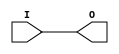
module BUFIO (O, I);

    output O;
    
    input  I;
    
    buf B1 (O, I);

endmodule